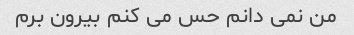
من نمی دانم حس می کنم بیرون برم